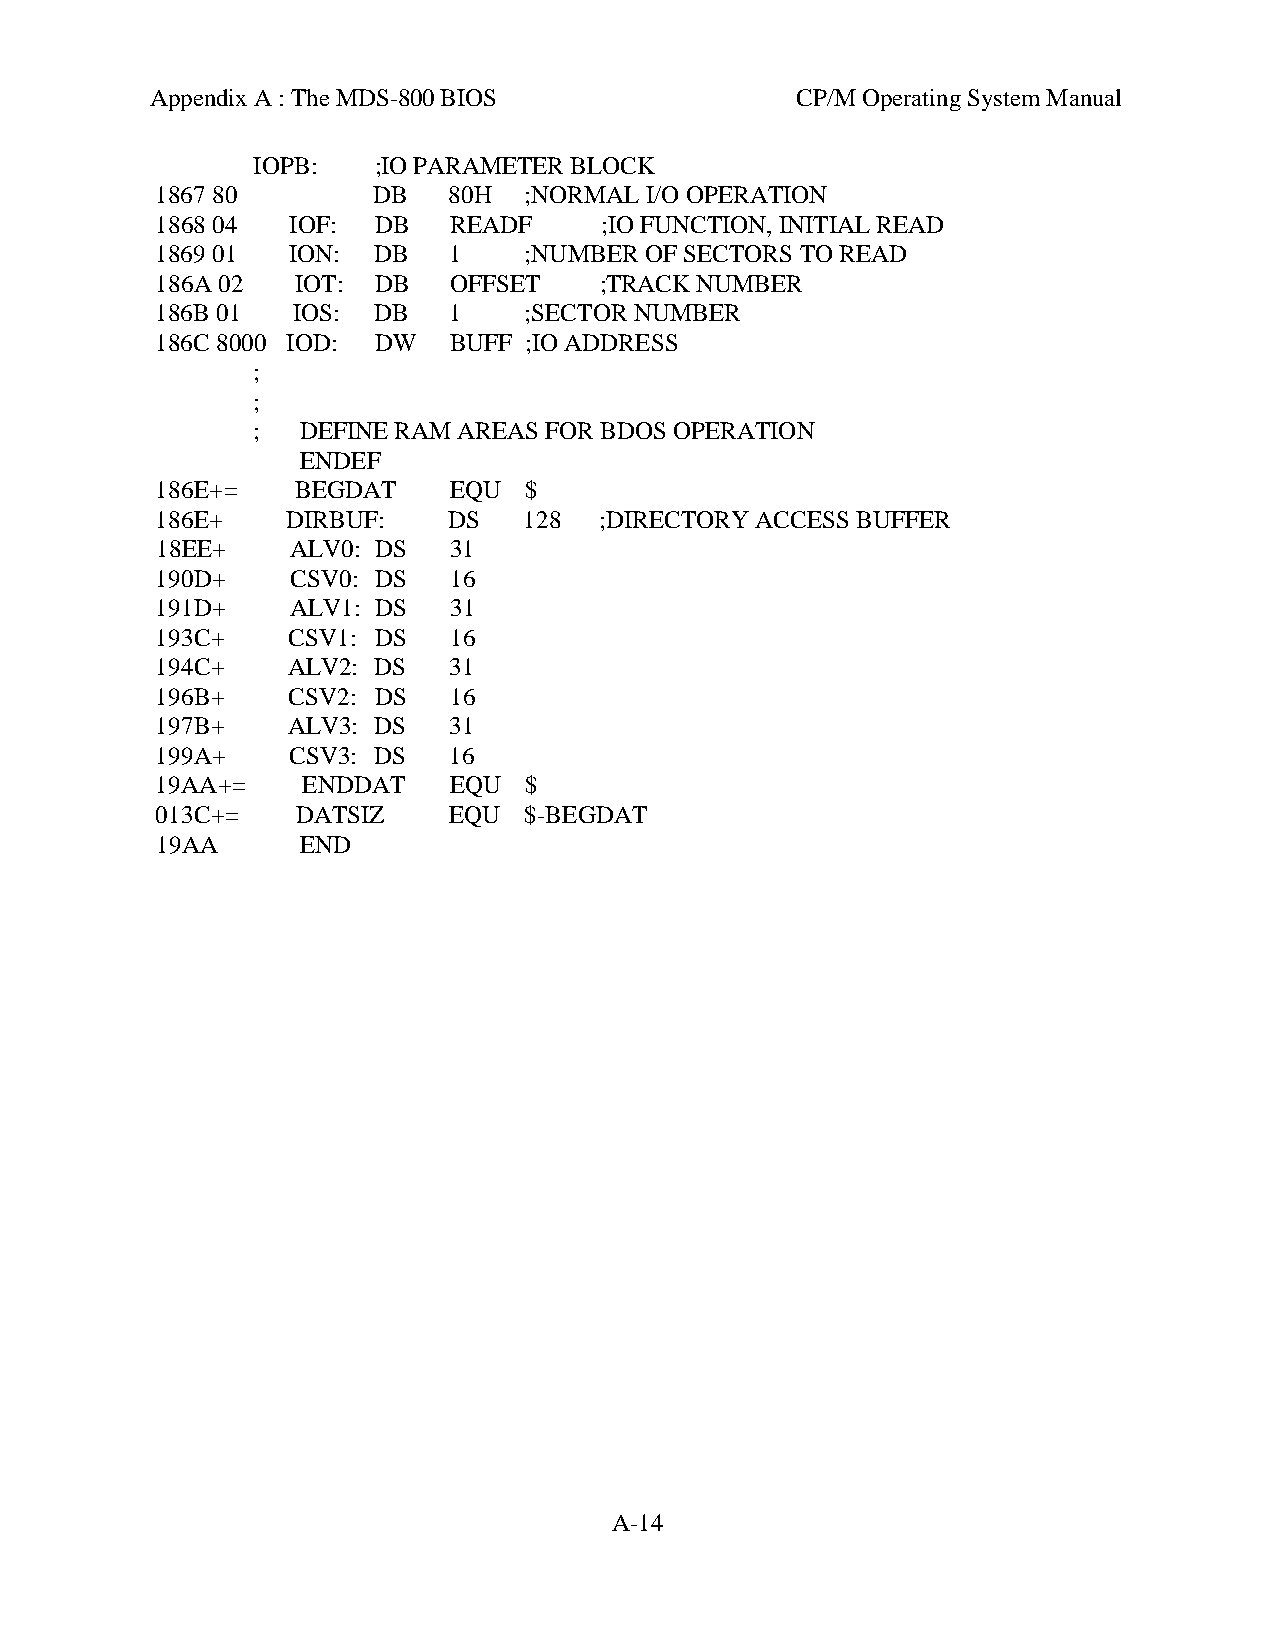
Appendix A : The MDS-800 BIOS              CP/M Operating System Manual
 IOPB:   ;IO PARAMETER BLOCK
 1867 80        DB   80H  ;NORMAL I/O OPERATION
 1868 04  IOF:  DB   READF     ;IO FUNCTION, INITIAL READ
 1869 01  ION:  DB   1    ;NUMBER OF SECTORS TO READ
 186A 02   IOT: DB   OFFSET    ;TRACK NUMBER
 186B 01  IOS:  DB   1    ;SECTOR NUMBER
 186C 8000 IOD: DW   BUFF ;IO ADDRESS
 ;
 ;
 ;  DEFINE RAM AREAS FOR BDOS OPERATION
 ENDEF
 186E+=    BEGDAT    EQU  $
 186E+    DIRBUF:    DS   128  ;DIRECTORY ACCESS BUFFER
 18EE+    ALV0: DS   31
 190D+    CSV0: DS   16
 191D+    ALV1: DS   31
 193C+    CSV1: DS   16
 194C+    ALV2: DS   31
 196B+    CSV2: DS   16
 197B+    ALV3: DS   31
 199A+    CSV3: DS   16
 19AA+=    ENDDAT    EQU  $
 013C+=    DATSIZ    EQU  $-BEGDAT
 19AA      END
 A-14